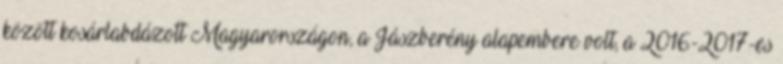
között kosárlabdázott Magyarországon, a Jászberény alapembere volt, a 2016-2017-es